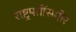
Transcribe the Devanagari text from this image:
राष्ट्रपतींसमोर